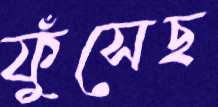
ফুঁসেছ